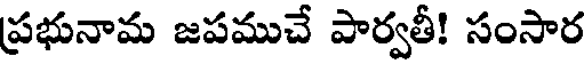
ప్రభునామ జపముచే పార్వతీ! సంసార